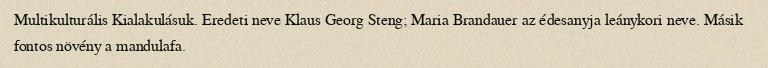
Multikulturális Kialakulásuk. Eredeti neve Klaus Georg Steng; Maria Brandauer az édesanyja leánykori neve. Másik fontos növény a mandulafa.